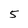
Character: 5